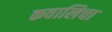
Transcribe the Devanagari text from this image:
कवालिचा